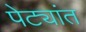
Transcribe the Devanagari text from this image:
पेट्यांत